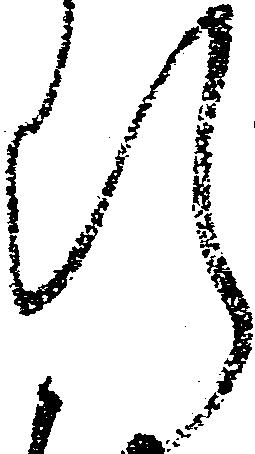
断